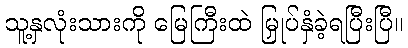
သူ့နှလုံးသားကို မြေကြီးထဲ မြှုပ်နှံခဲ့ရပြီးပြီ။